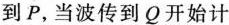
到P，当波传到Q开始计